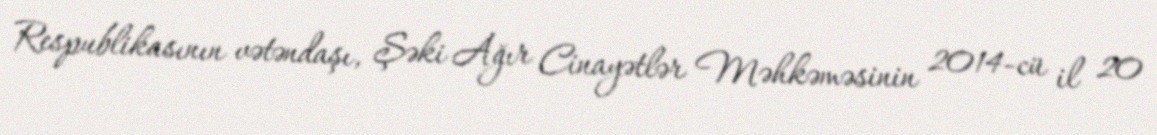
Respublikasının vətəndaşı, Şəki Ağır Cinayətlər Məhkəməsinin 2014-cü il 20